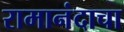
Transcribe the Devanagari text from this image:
रामानंदाचा